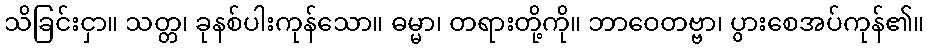
သိခြင်းငှာ။ သတ္တ၊ ခုနစ်ပါးကုန်သော။ ဓမ္မာ၊ တရားတို့ကို။ ဘာဝေတဗ္ဗာ၊ ပွားစေအပ်ကုန်၏။